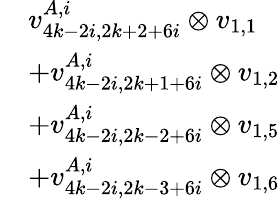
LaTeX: \begin{array}{rl}&{v_{4k-2i,2k+2+6i}^{A,i}\otimes v_{1,1}}\\ &{+v_{4k-2i,2k+1+6i}^{A,i}\otimes v_{1,2}}\\ &{+v_{4k-2i,2k-2+6i}^{A,i}\otimes v_{1,5}}\\ &{+v_{4k-2i,2k-3+6i}^{A,i}\otimes v_{1,6}}\end{array}